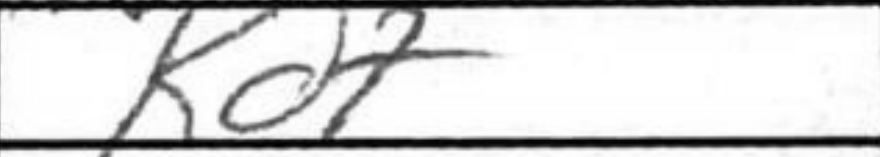
Transcription: Kd7